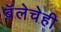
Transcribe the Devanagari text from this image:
बॅलेचेही